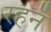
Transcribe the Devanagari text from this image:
रहनॅ